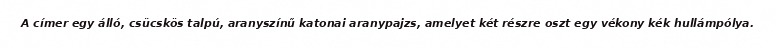
A címer egy álló, csücskös talpú, aranyszínű katonai aranypajzs, amelyet két részre oszt egy vékony kék hullámpólya.